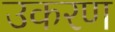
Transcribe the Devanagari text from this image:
उकरण